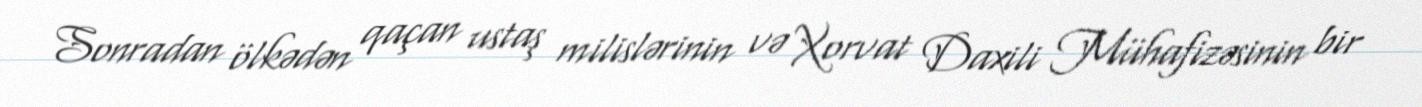
Sonradan ölkədən qaçan ustaş milislərinin və Xorvat Daxili Mühafizəsinin bir